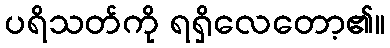
ပရိသတ်ကို ရရှိလေတော့၏။